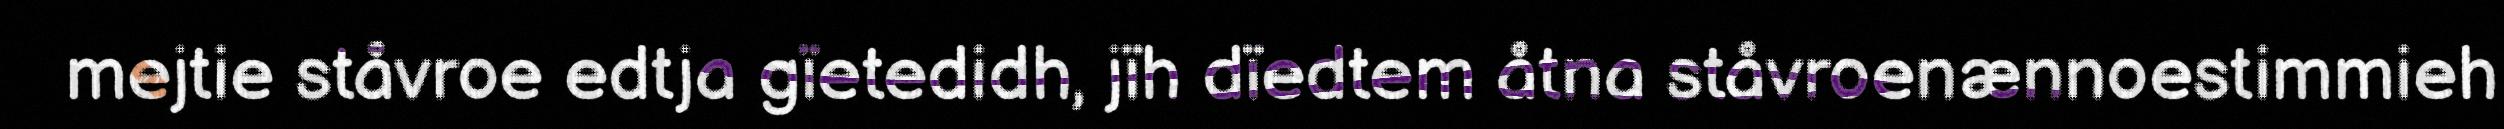
mejtie ståvroe edtja gïetedidh, jïh dïedtem åtna ståvroenænnoestimmieh